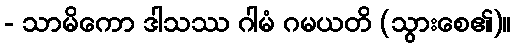
- သာမိကော ဒါသဿ ဂါမံ ဂမယတိ (သွားစေ၏)။